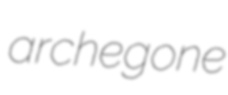
archegone